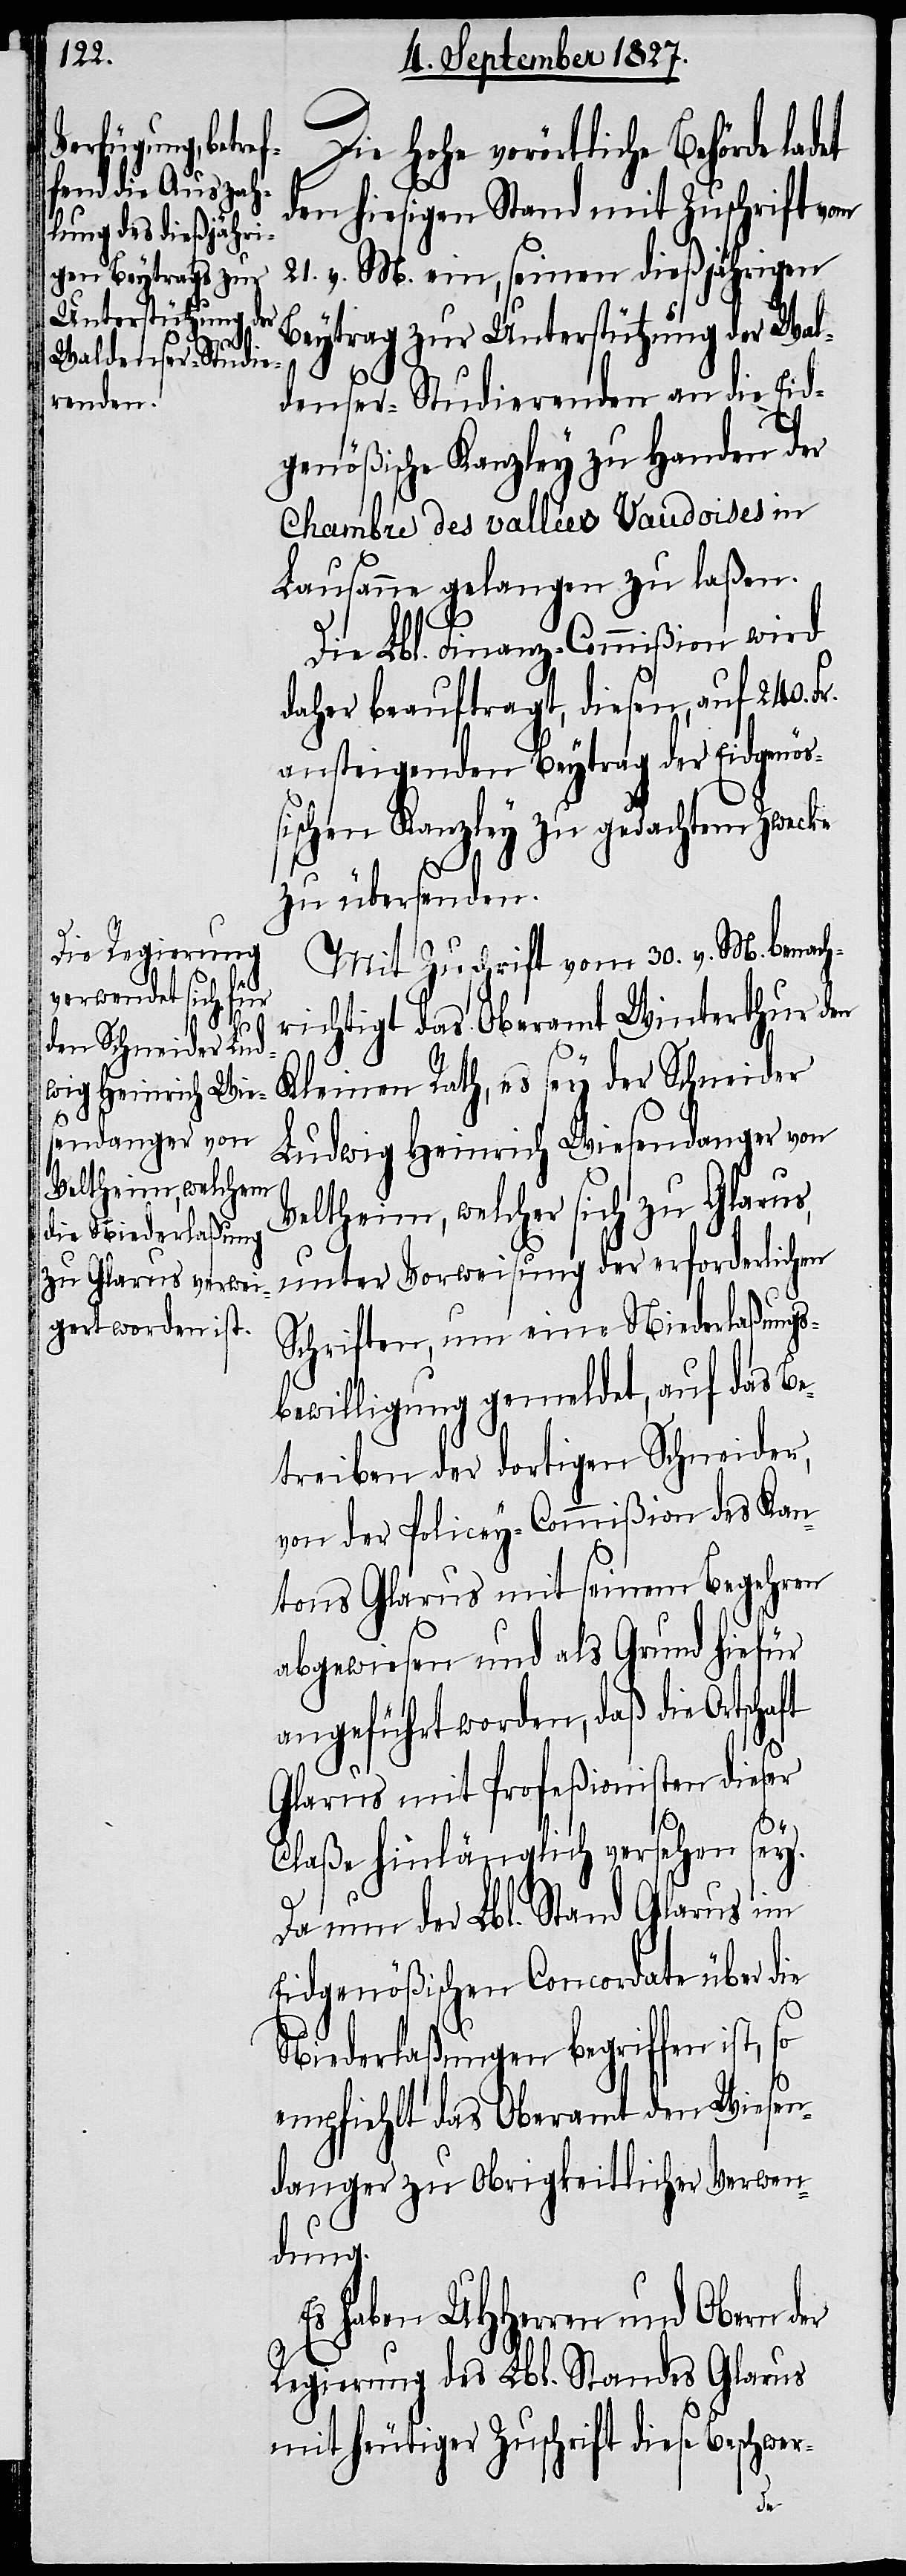
Die Hohe vorörtliche Behörde la¬
den hiesigen Stand mit Zuschrift vom
21. v. M. ein, seinen dießjährigen
Beytrag zur Unterstützung der Wal¬
denser-Studierenden an die Eid¬
genößische Kanzley zu Handen der
Chambre des vallées Vaudoises in
Lausanne gelangen zu laßen.
Die Lbl. Finanz-Commißion wird
daher beauftragt, diesen, auf 240. Fr.
ansteigenden Beytrag der Eidgenöß¬
ischen Kanzley zu gedachtem Zwecke
zu übersenden.
Mit Zuschrift vom 30. v. M. benach¬
richtigt das Oberamt Winterthur den
Kleinen Rath, es sey der Schneider
Ludwig Heinrich Wiesendanger von
Veltheim, welcher sich zu Glarus,
unter Vorweisung der erforderlichen
Schriften, um eine Niederlaßungs¬
bewilligung gemeldet, auf das Be¬
treiben der dortigen Schneider,
von der Policey-Commißion des Kan¬
tons Glarus mit seinem Begehren
abgewiesen und als Grund hiefür
angeführt worden, daß die Ortschaft
Glarus mit Profeßionisten dieser
sey.
Claße hinlänglich versehen
Da nun der Lbl. Stand Glarus im
Eidgenößischen Concordate über die
Niederlaßung begriffen ist,
empfiehlt das Oberamt den Wiesen¬
danger zur Obrigkeitlichen Verwen¬
dung.
Es haben UHHerren und Obern der
Regierung des Lbl. Standes Glarus
mit heutiger Zuschrift diese Beschwer-
det